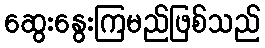
ဆွေးနွေးကြမည်ဖြစ်သည်